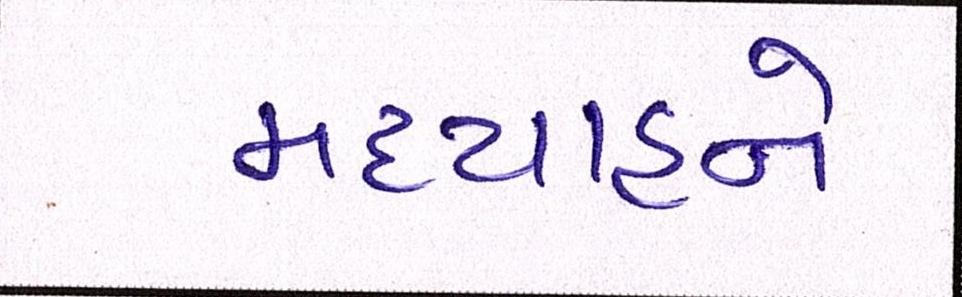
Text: મધ્યાહ્ને